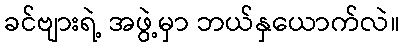
ခင်ဗျားရဲ့ အဖွဲ့မှာ ဘယ်နှယောက်လဲ။